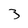
Character: 3